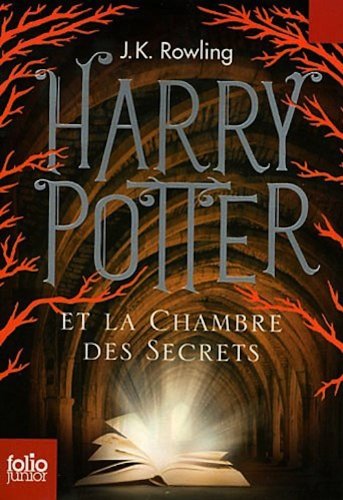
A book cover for Harry Potter et la Chambre des Secrets (French Edition)Junior Edition; J. K. Rowling; Children's Books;